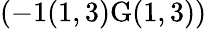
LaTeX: \left(-1(1,3)\textrm{G}(1,3)\right)